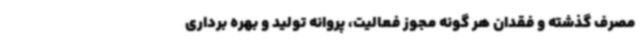
مصرف گذشته و فقدان هر گونه مجوز فعالیت، پروانه تولید و بهره برداری